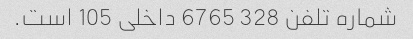
شماره تلفن 328 6765 داخلی 105 است.